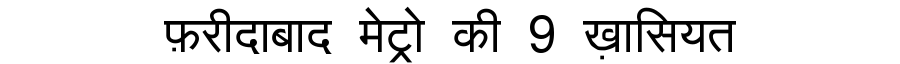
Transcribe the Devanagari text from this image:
फ़रीदाबाद मेट्रो की 9 ख़ासियत